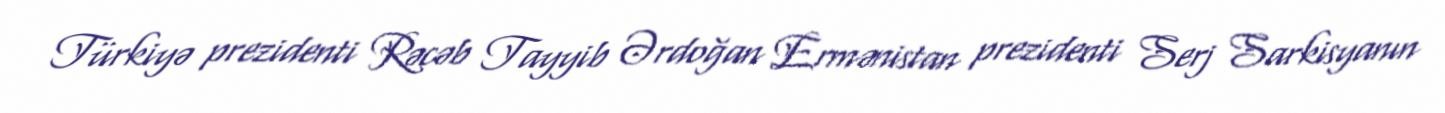
Türkiyə prezidenti Rəcəb Tayyib Ərdoğan Ermənistan prezidenti Serj Sarkisyanın